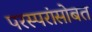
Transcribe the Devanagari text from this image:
परस्परांसोबत